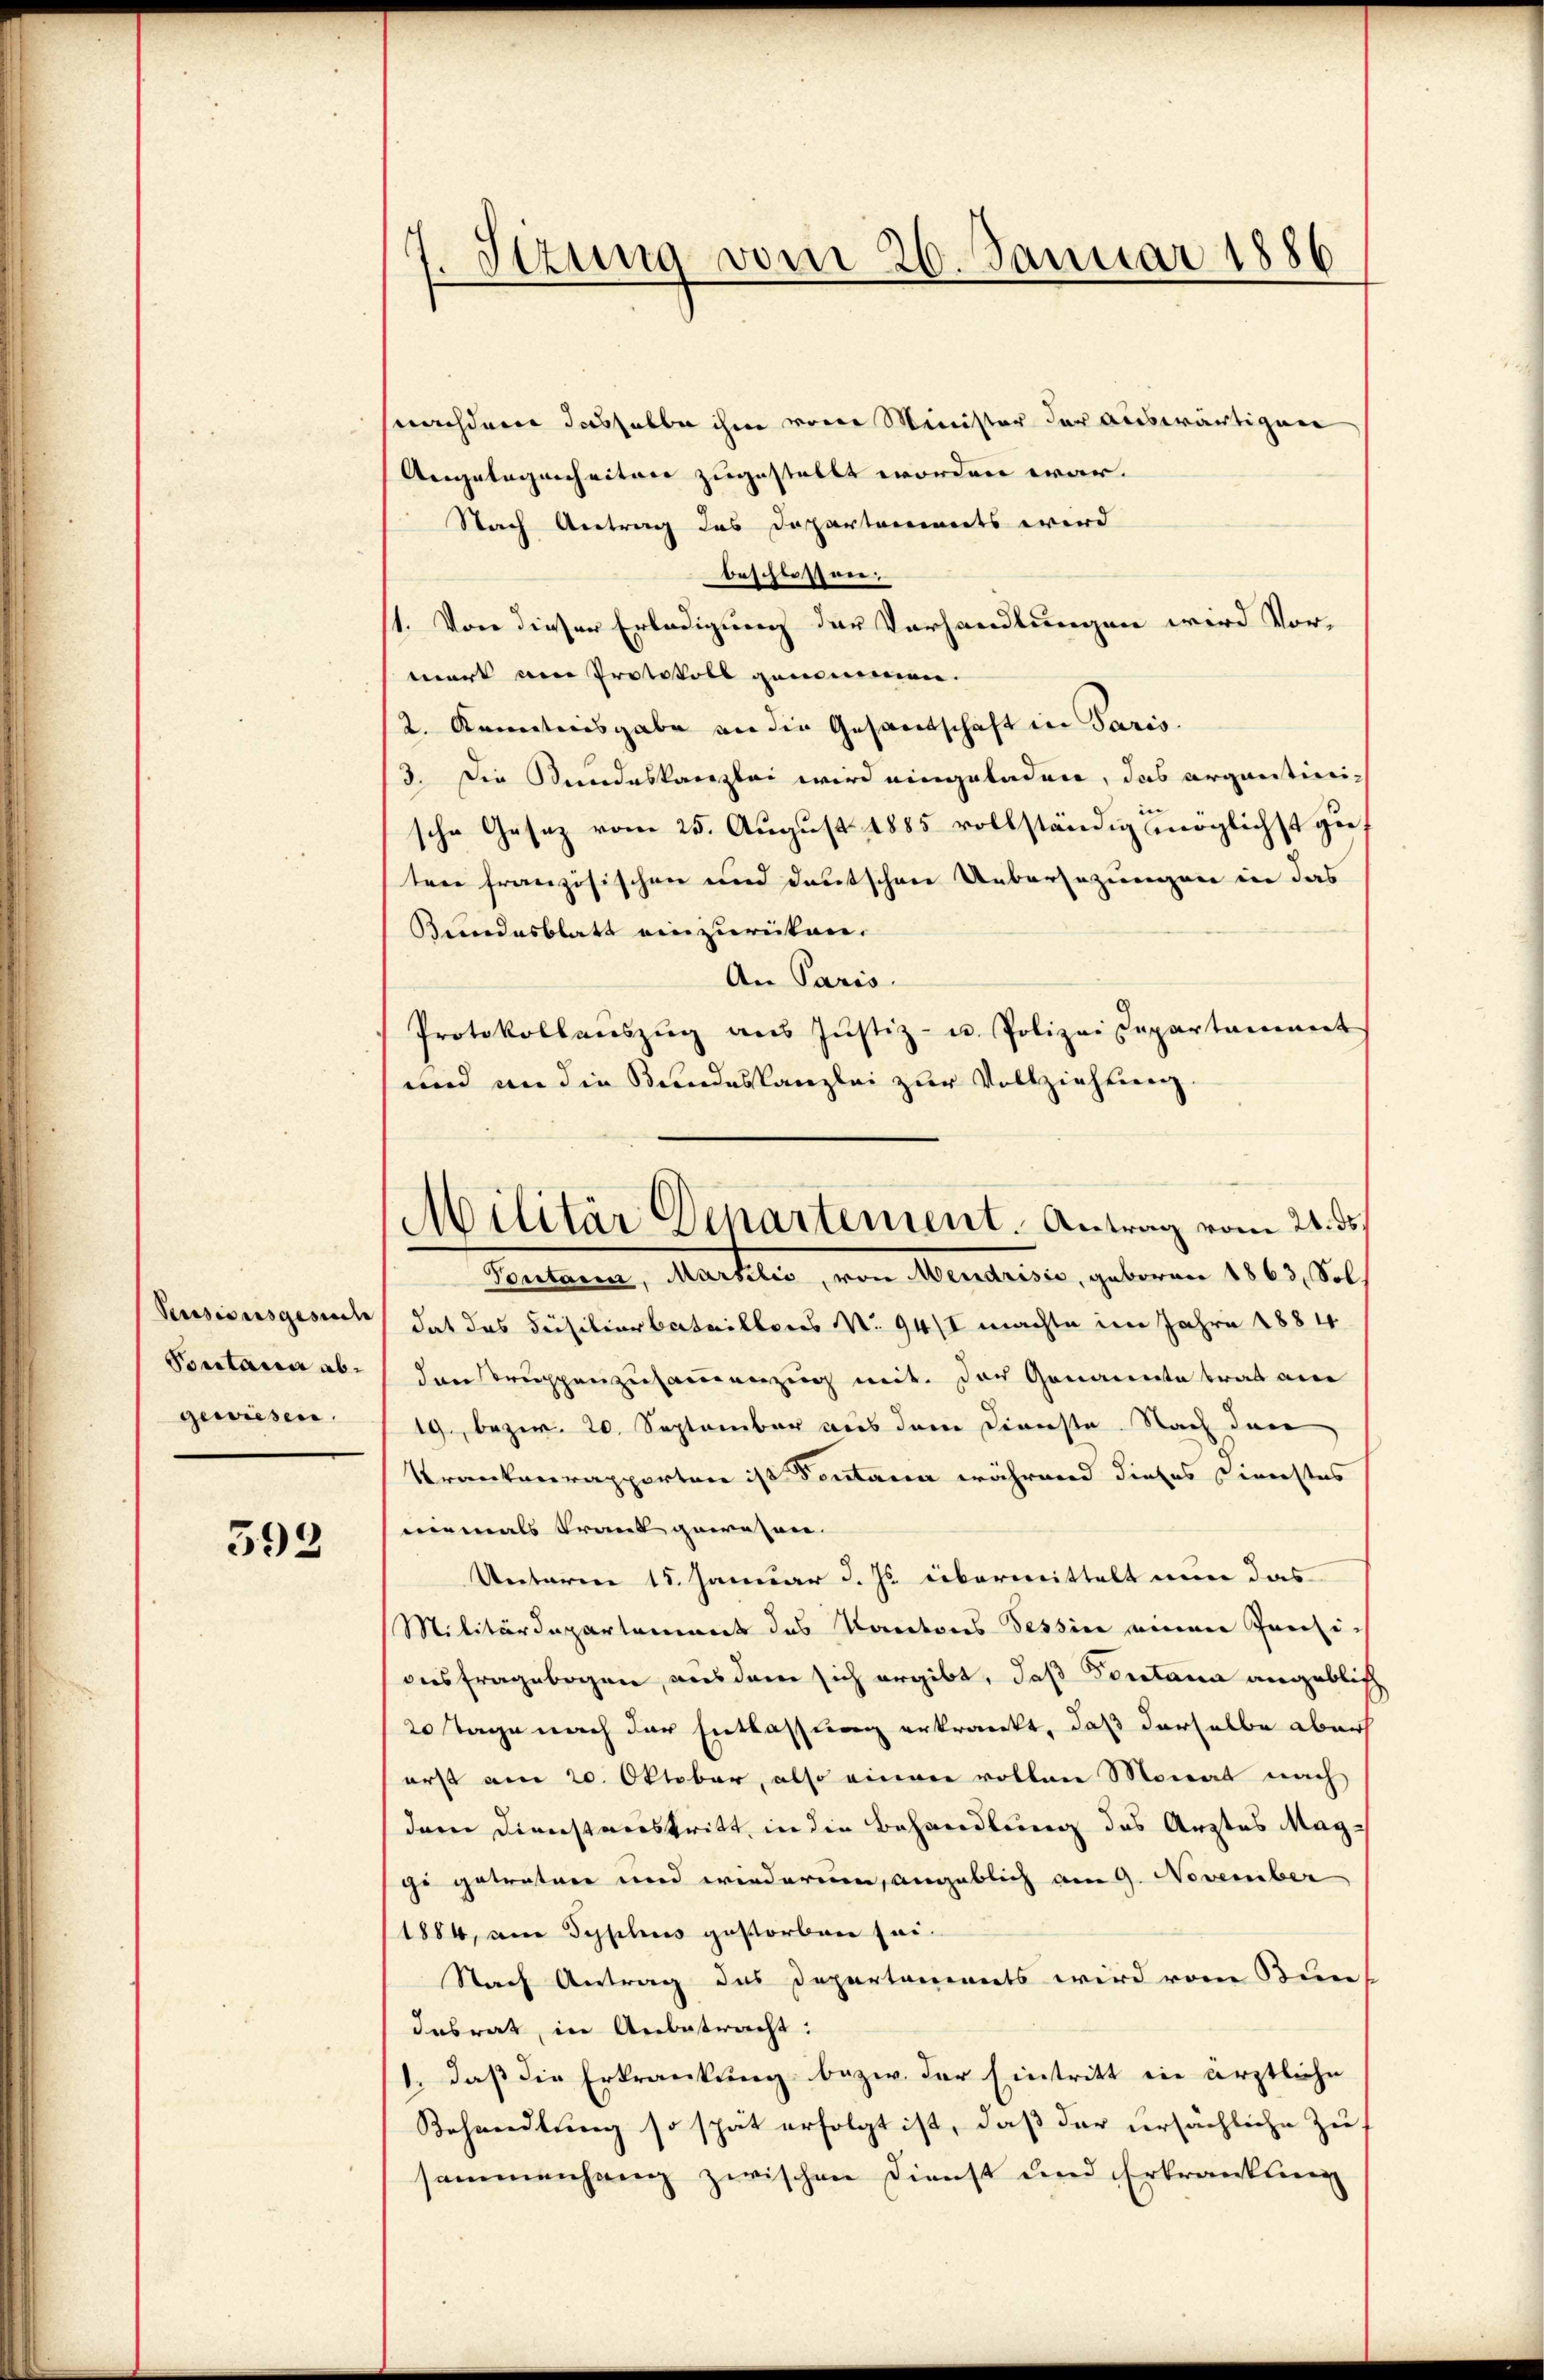
Pessionsgesuche
Pontain abgewiesen.

592

7. Sizung vom 26. Januar 1886

snachdem dasselbe ihm vom Minister der auswärtigen
Angelegenheiten zugestellt worden war.
Nach Antrag das Departonierts wird
beschiessen:
1. Von dieser Erledigung der Verhandlungen wird Vormark am Protokoll genommen.
2. Kenntnisgabe an die Gesandschaft in Paris.
3. Die Stundeskanzlei wird eingeladen, das organtierische Gesez vom 25. August 1885 vollständig möglichst gie
tene französischen und deutschen Uebersezungen ein das
Bundesblatt einzurücken. |
An Paris.
Protokollaŭszŭg aŭs Jŭstiz- u. Polizei separtament
und an die Bundeskanzlei zur Vollziehung
Pontana, Marsilić, von Mendrisie, geboren 1863, Soldat das Füsilierbataillons No 94/I machte im Jahre 1884
den Truppenzusammenzug mit der Genannte trat an
19., bezw. 20. September aus dem Dienste. Nach den
Krankenrapporten ist Sontana während dieses Dienstes
niemals Trank gewöhnen.
Unteren 15. Januar d. Js. übermittelt nun das
Militärdepartement das Kantons Tessin einen Pensi-
onsfragebogen, aus dem sich ergibt, daß Pontana angeblich
20 Tage nach der Entlassung erkrankt, daß derselbe aber
erst am 20. Oktober, also einer vollen Monat nach
dem Dienstanstritt, in die Behandlung des Arztes Magge getreten und wiederum, angeblich am 9. November
1884, am Typhus gestorben sei.
Nach Antrag das Departaments wird vom Bun
Insrat, in Anbetracht:
1. daß die Erkrankung bezw. der Eintritt in ärztliche
Behandlung so spät erfolgt ist, daß der versächliche Zu
sammenhang zwischen Dienst und Erkrankling

Militär Departement. Antrag vom 21. ds.